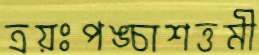
ত্রয়ঃপঙ্চাশত্তমী